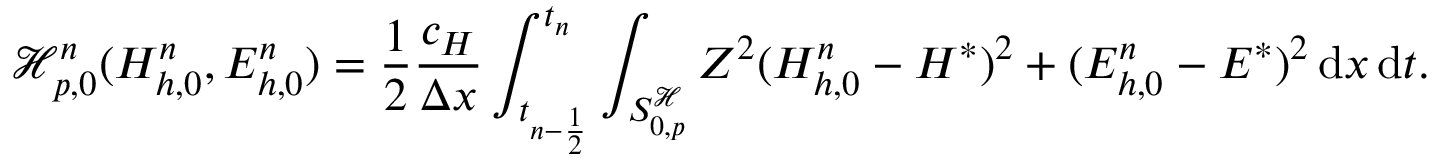
\mathcal { H } _ { p , 0 } ^ { n } ( H _ { h , 0 } ^ { n } , E _ { h , 0 } ^ { n } ) = \frac { 1 } { 2 } \frac { c _ { H } } { \Delta x } \int _ { t _ { n - \frac { 1 } { 2 } } } ^ { t _ { n } } \int _ { S _ { 0 , p } ^ { \mathcal { H } } } Z ^ { 2 } ( H _ { h , 0 } ^ { n } - H ^ { * } ) ^ { 2 } + ( E _ { h , 0 } ^ { n } - E ^ { * } ) ^ { 2 } \, \mathrm { d } x \, \mathrm { d } t .